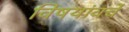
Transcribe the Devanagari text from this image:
विषयांवर्चे